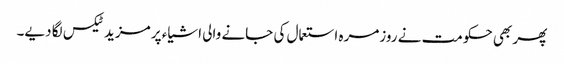
پھر بھی حکومت نے روزمرہ استعمال کی جانے والی اشیاء پر مزید ٹیکس لگا دیے۔